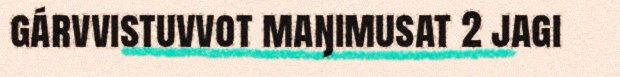
gárvvistuvvot maŋimusat 2 jagi